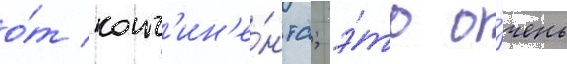
о́т конт'ин'е́нта; э́то о́чень